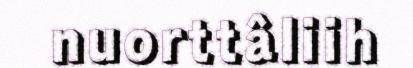
nuorttâliih